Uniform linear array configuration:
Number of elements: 24
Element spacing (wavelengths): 0.75
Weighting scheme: cosine
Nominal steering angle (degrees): -30
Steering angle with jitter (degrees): -30.267
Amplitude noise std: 0.05
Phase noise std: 0.05

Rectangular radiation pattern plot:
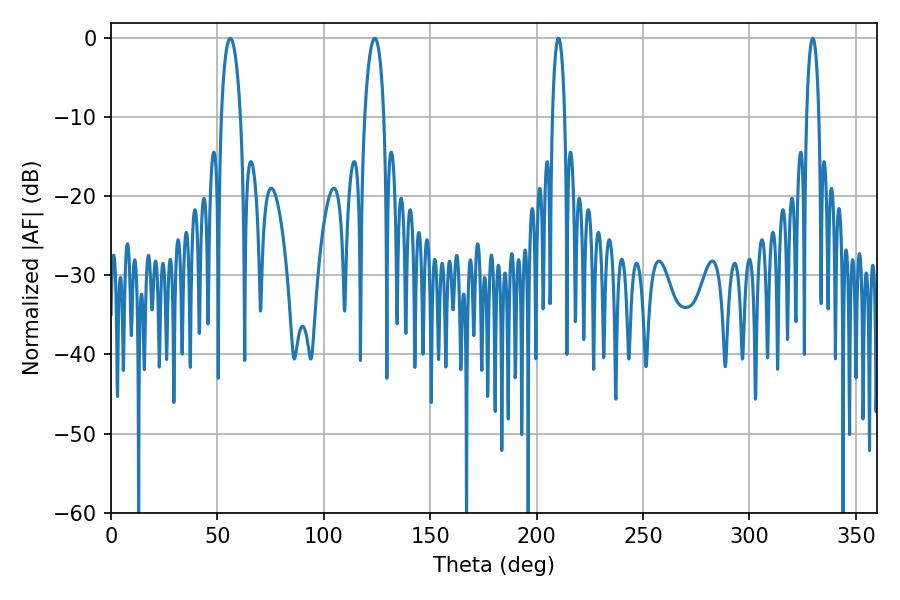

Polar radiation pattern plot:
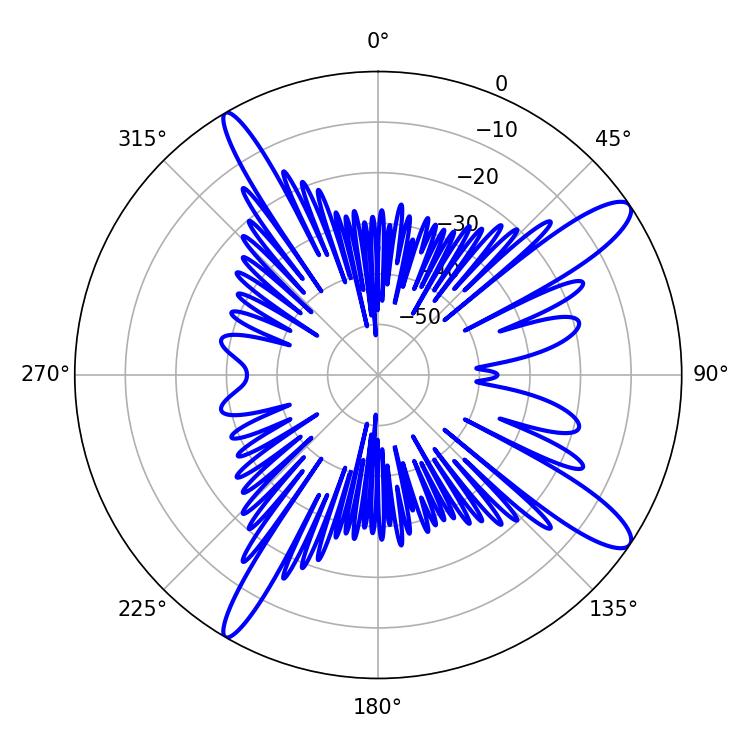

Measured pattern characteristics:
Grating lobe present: TRUE
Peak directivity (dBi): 12.971
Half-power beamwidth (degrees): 3.24
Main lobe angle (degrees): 210.24